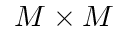
M \times M